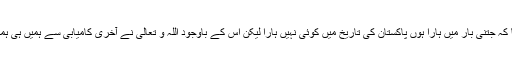
انہوں نے کہا کہ جتنی بار میں ہارا ہوں پاکستان کی تاریخ میں کوئی نہیں ہارا لیکن اس کے باوجود اللہ و تعالیٰ نے آخری کامیابی سے ہمیں ہی ہمکنار کیا ہے۔